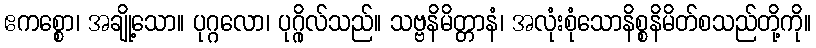
ဧကစ္စော၊ အချို့သော။ ပုဂ္ဂလော၊ ပုဂ္ဂိုလ်သည်။ သဗ္ဗနိမိတ္တာနံ၊ အလုံးစုံသောနိစ္စနိမိတ်စသည်တို့ကို။